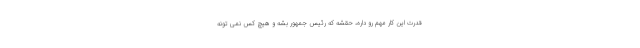
قدرت این کار مهم رو داره، حقشه که رئیس جمهور بشه و هیچ کس نمی تونه